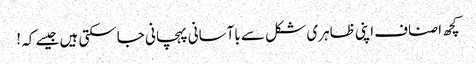
کچھ اصناف اپنی ظاہری شکل سے باآسانی پہچانی جاسکتی ہیں جیسے کہ !